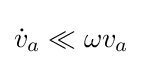
{\dot {v}}_{a}\ll \omega v_{a}